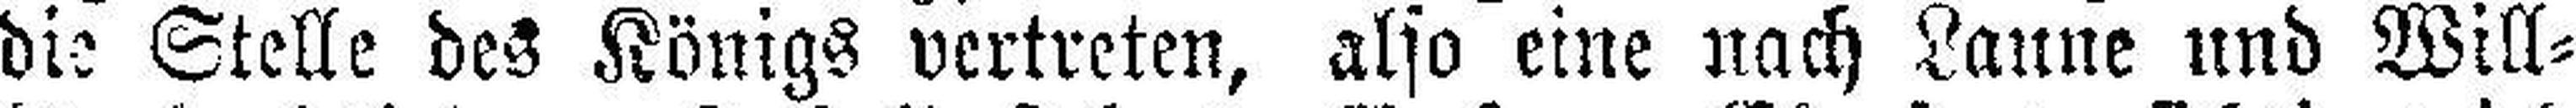
die Stelle des Königs vertreten, also eine nach Laune und Will¬